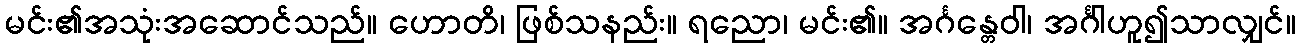
မင်း၏အသုံးအဆောင်သည်။ ဟောတိ၊ ဖြစ်သနည်း။ ရညော၊ မင်း၏။ အင်္ဂန္တေဝါ၊ အင်္ဂါဟူ၍သာလျှင်။